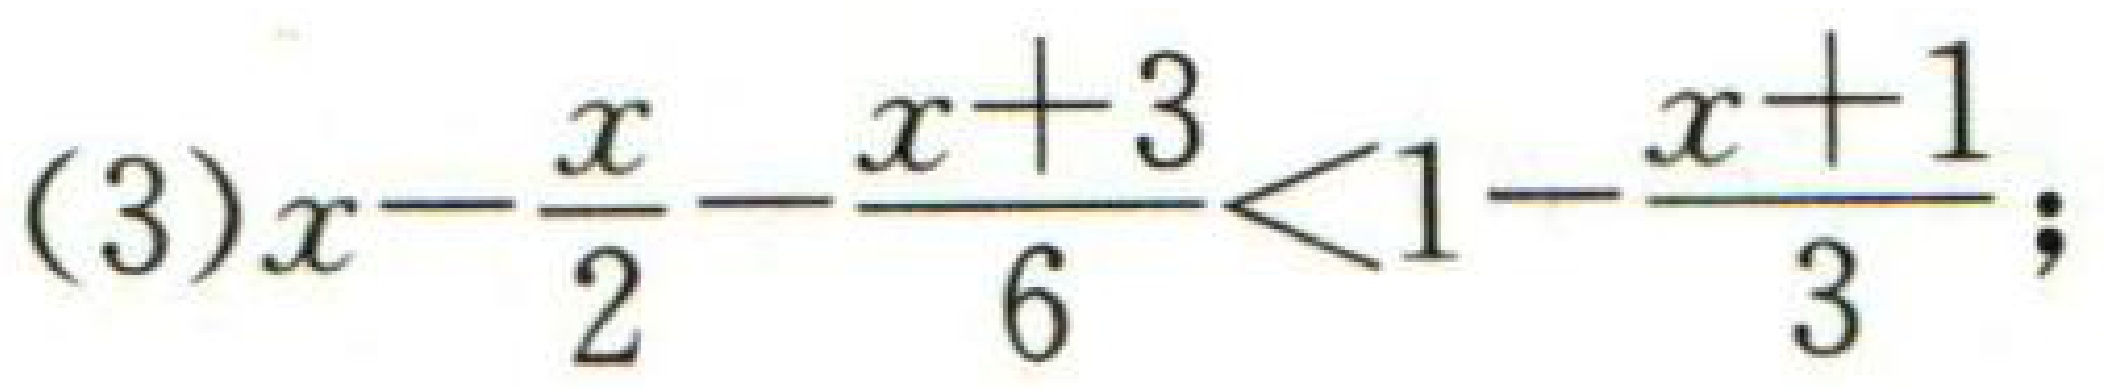
(3)\(x-\dfrac{x}{2}-\dfrac{x + 3}{6}<1-\dfrac{x + 1}{3};\)